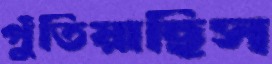
পুঁতিয়াছিস